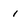
Character: 1